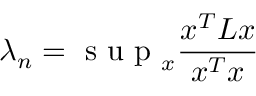
\lambda _ { n } = \mathrm { ~ s ~ u ~ p ~ } _ { x } \frac { x ^ { T } L x } { x ^ { T } x }